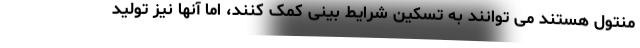
منتول هستند می توانند به تسکین شرایط بینی کمک کنند، اما آنها نیز تولید